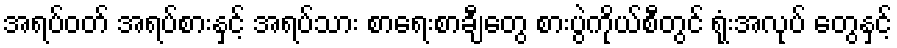
အရပ်ဝတ် အရပ်စားနှင့် အရပ်သား စာရေးစာချီတွေ စားပွဲကိုယ်စီတွင် ရုံးအလုပ် တွေနှင့်